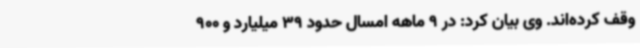
وقف کرده‌اند. وی بیان کرد: در 9 ماهه امسال حدود 39 میلیارد و 900